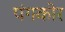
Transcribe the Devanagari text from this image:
पंगकोर